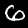
Label: 6